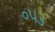
૦૫૩